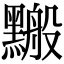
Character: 𪒋